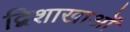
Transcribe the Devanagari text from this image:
द्विशाखाओं